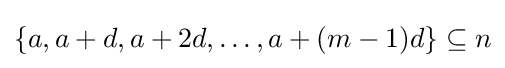
\{a,a+d,a+2d,\ldots ,a+(m-1)d\}\subseteq n